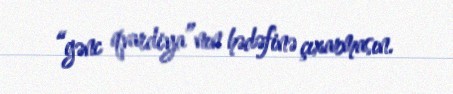
“gənc qvardiya”nın hədəfinə çıxarmasın.